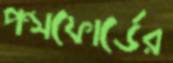
পন্সফোর্ডের